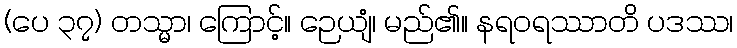
(ပေ ၃၇) တသ္မာ၊ ကြောင့်။ ဉေယျံ၊ မည်၏။ နရဝရဿာတိ ပဒဿ၊